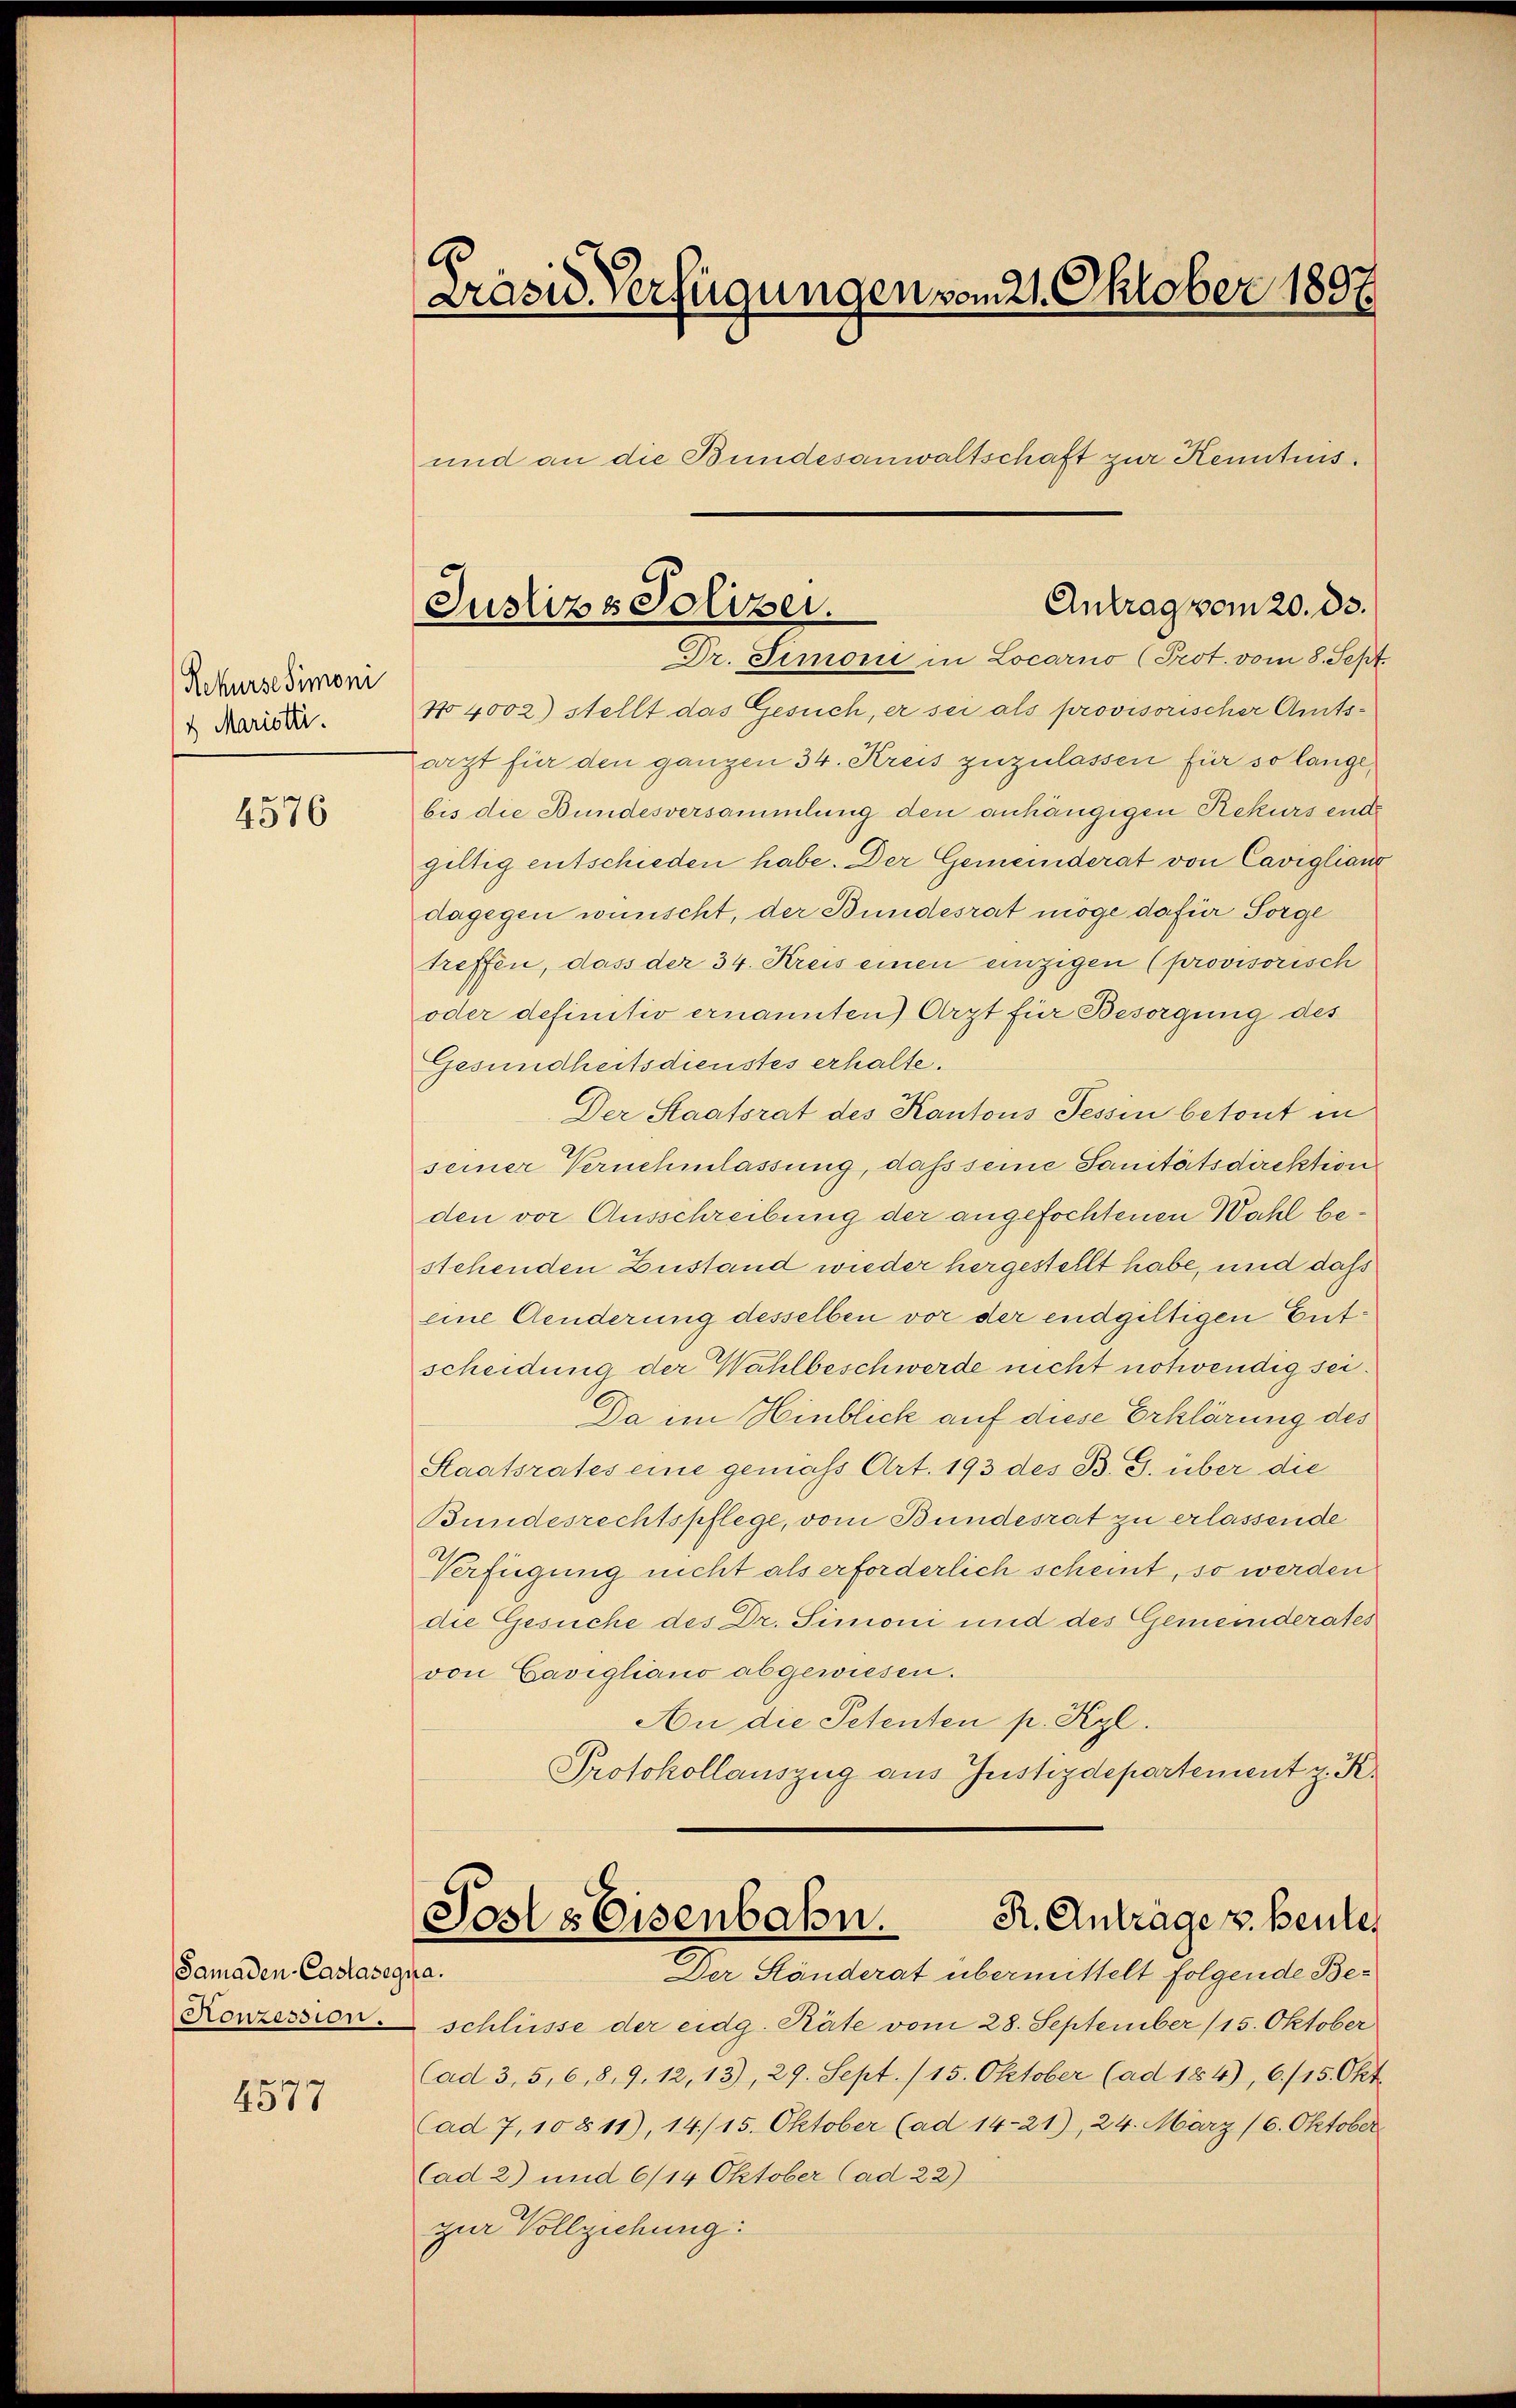
Rekurse Simoni
4 Maristi

4576

Samaden-Castasegua.
Konzession.

4577

G
Präsid. Verfügungen vom 21. Oktober 1897.
und an die Bundesanwaltschaft zur Kenntnis.

N4002) stellt das Gesuch, er sei als provisorischer Amtsarzt für den ganzen 34. Kreis zuzulassen für so langebis die Bundesversammlung den anhängigen Rekursende
giltig entschieden habe. Der Gemeinderat von Caviglianz
dagegen wünscht, der Bundesrat möge dafür Sorge
treffen, dass der 34. Kreis einen einzigen (provisorisch
oder definitiv ernannten Arzt für Besorgung des
Gesundheitsdienstes erhalte.
Der Staatsrat des Kantons Tessin betont in
seiner Vernehmlassung, dass seine Sanitätsdirektion
den vor Ausschreibung der angefochtenen Wahl bestehenden Zustand wieder hergestellt habe, und dass
eine Aenderung desselben vor der endgültigen Entscheidung der Wahlbeschwerde nicht notwendig sei.
Da im Hinblick auf diese Erklärung des
Staatsrates eine gemäß Art. 193 des B. G. über die
Bundesrechtspflege, vom Bundesrat zu erlassende
Verfügung nicht als erforderlich scheint, so werden
die Gesuche des Dr. Simoni und des Gemeinderates
von Cavigliano abgewiesen.
An die Petenten p. Kgl.
Protokollauszug aus Justizdepartement z. K.

Antrag vom 20. ds.
Justiz & Polizei.
Dr. Stimonii in Locarno (Prot. vom 8. Sept.

Sosts Eisenbahn.
R. Anträge v. Beuter
Der Ständerat übermittelt folgende Be¬

schlüsse der eidg. Räte vom 28. September (15. Oktober
(ad 3, 5, 6, 8, 9. 12, 13), 29. Sept. (15. Oktober (ad 184), 6./15. Okt.
(ad 7, 10 § 11), 14./15. Oktober (ad 14-21), 24. März (6. Oktober
Cad 2) und 6/14 Oktober (ad 22)
zur Vollziehung: